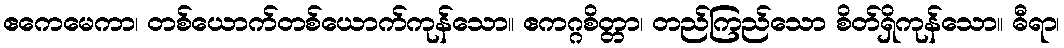
ဧကေမေကာ၊ တစ်ယောက်တစ်ယောက်ကုန်သော။ ဧကဂ္ဂစိတ္တာ၊ တည်ကြည်သော စိတ်ရှိကုန်သော။ ဓီရာ၊